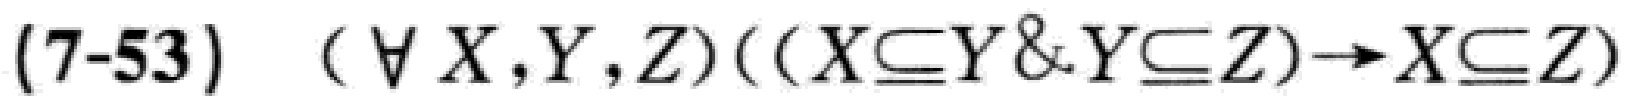
(7-53) $(\forall X,Y,Z)((X\subseteq Y \& Y\subseteq Z)\to X\subseteq Z)$